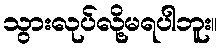
သွားလုပ်လို့မရပါဘူး။